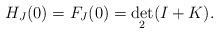
\begin{align*}H_{J}(0)=F_{J}(0)=\det_{2}(I+K).\end{align*}